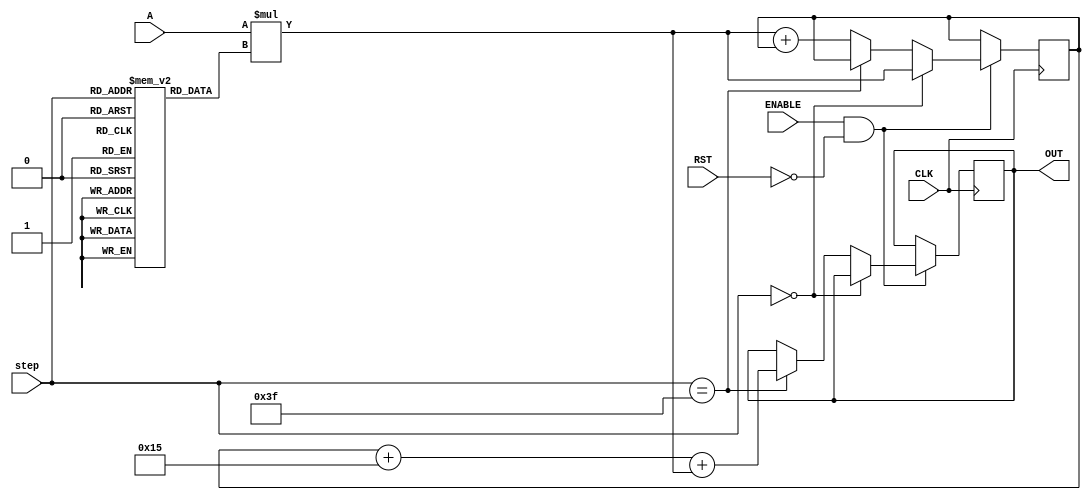
// This program was cloned from: https://github.com/ilaydayaman/CNN_for_SLR
// License: BSD 2-Clause "Simplified" License

`timescale 1ns / 1ps

module NODE_5(
input signed [35:0] A,
input [5:0] step,
input CLK,
input ENABLE,
input RST,
output reg signed [39:0] OUT //16-bit output
    );
    
reg signed [39:0] accumulator = 40'd0; //store the matrix mult here
reg signed [8:0] weights [63:0]; //store the weights here
reg signed [7:0] bias; //store node bias here

initial begin
   weights[0]<=9'b111101001;
   weights[1]<=9'b111110010;
   weights[2]<=9'b111101001;
   weights[3]<=9'b000000010;
   weights[4]<=9'b000001000;
   weights[5]<=9'b111101101;
   weights[6]<=9'b000011110;
   weights[7]<=9'b111010000;
   weights[8]<=9'b111111111;
   weights[9]<=9'b000010000;
   weights[10]<=9'b000010110;
   weights[11]<=9'b111010100;
   weights[12]<=9'b111100111;
   weights[13]<=9'b001000010;
   weights[14]<=9'b000100110;
   weights[15]<=9'b000000001;
   weights[16]<=9'b000001010;
   weights[17]<=9'b111000100;
   weights[18]<=9'b111010111;
   weights[19]<=9'b110000101;
   weights[20]<=9'b111101101;
   weights[21]<=9'b000001110;
   weights[22]<=9'b000011001;
   weights[23]<=9'b000111000;
   weights[24]<=9'b110111110;
   weights[25]<=9'b000011010;
   weights[26]<=9'b000010010;
   weights[27]<=9'b111110011;
   weights[28]<=9'b110111111;
   weights[29]<=9'b111000110;
   weights[30]<=9'b111101101;
   weights[31]<=9'b000101100;
   weights[32]<=9'b111011110;
   weights[33]<=9'b111011000;
   weights[34]<=9'b000010101;
   weights[35]<=9'b111101111;
   weights[36]<=9'b000010001;
   weights[37]<=9'b000100000;
   weights[38]<=9'b111101011;
   weights[39]<=9'b000011100;
   weights[40]<=9'b000001110;
   weights[41]<=9'b000100010;
   weights[42]<=9'b000010001;
   weights[43]<=9'b111110101;
   weights[44]<=9'b111111101;
   weights[45]<=9'b111110100;
   weights[46]<=9'b111011100;
   weights[47]<=9'b000101011;
   weights[48]<=9'b000011101;
   weights[49]<=9'b111100101;
   weights[50]<=9'b111010110;
   weights[51]<=9'b111110101;
   weights[52]<=9'b111101011;
   weights[53]<=9'b000000110;
   weights[54]<=9'b111101100;
   weights[55]<=9'b000010001;
   weights[56]<=9'b111110100;
   weights[57]<=9'b000101100;
   weights[58]<=9'b111110010;
   weights[59]<=9'b111110010;
   weights[60]<=9'b000010101;
   weights[61]<=9'b110100010;
   weights[62]<=9'b000011110;
   weights[63]<=9'b111100101;
   bias<=8'b00010101;
 end

 always @ ( posedge CLK )
 begin
    if( ENABLE == 1 && RST == 0 )
    begin
        if ( step == 0 )
        begin
            accumulator <=  A * weights[step];
        end
        else if( step == 63 )
        begin
            OUT <= accumulator + bias + A * weights[step];
        end else accumulator <=  A * weights[step] + accumulator;
    end
 end
 
endmodule